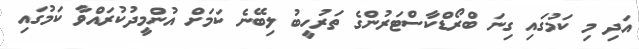
އަދި މި ކަމުގައި ގިނަ ބްރޯޑްކާސްޓަރުންގެ ތަރުހީބު ލިބޭނެ ކަމަށް އުންމީދުކުރައްވާ ކަމުގައި